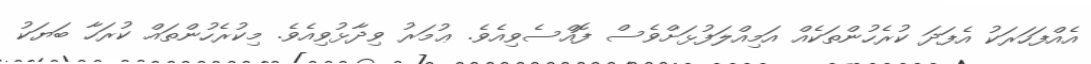
އެއްފަހަރަކު އެފަދަ ކުރެހުންތަކެއް އަމިއްލަފުޅަށްވެސް ފޮއްސެވިއެވެ. ޢުމަރު ވިދާޅުވިއެވެ. މިކުރެހުންތައް ކުރަހާ ބަޔަކު